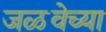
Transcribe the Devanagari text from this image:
जळवेच्या